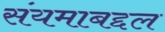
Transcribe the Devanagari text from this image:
संयमाबद्दल